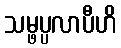
သမ္ဖပ္ပလာပီဟိ